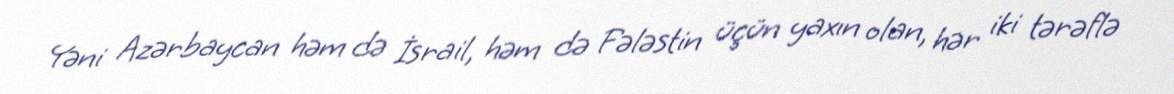
Yəni Azərbaycan həm də İsrail, həm də Fələstin üçün yaxın olan, hər iki tərəflə